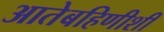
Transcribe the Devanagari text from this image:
आतेबहिणीशी